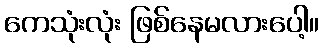
ကေသုံးလုံး ဖြစ်နေမလားပေါ့။